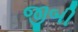
જીબી